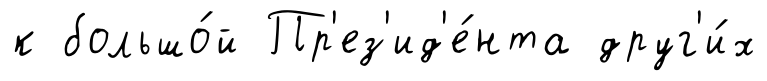
к большо́й Пр'ез'ид'е́нта друг'и́х